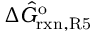
\Delta \hat { G } _ { \mathrm { r x n , R 5 } } ^ { \mathrm { o } }